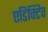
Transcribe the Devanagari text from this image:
एडिक्टिव